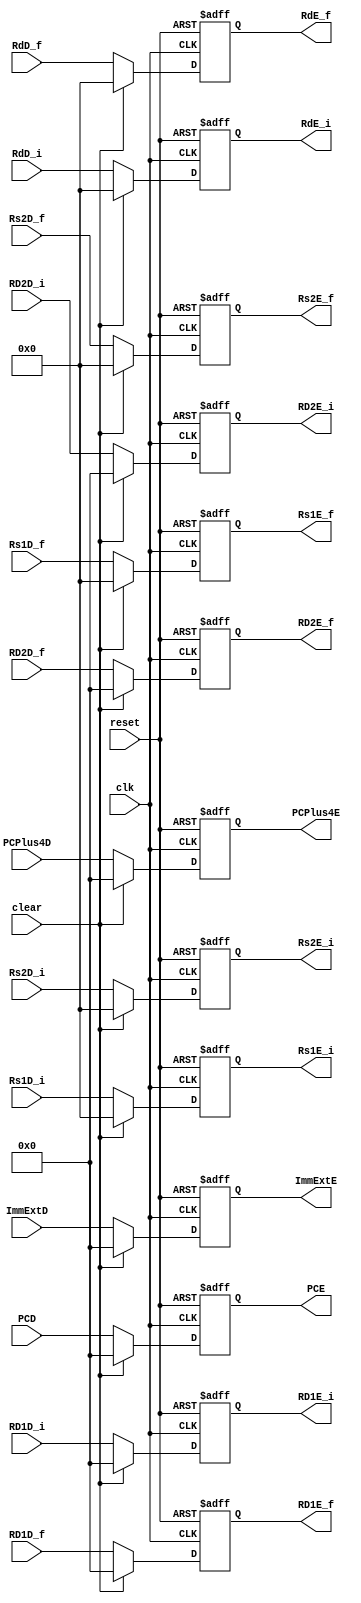
/*
	Name: Pipeline register between Datapath Decode and Execution Stage
	
*/



module ID_IEx  (input   clk, reset, clear,
                input   [31:0] RD1D_i, RD2D_i, PCD, RD1D_f, RD2D_f,
                input   [4:0] Rs1D_i, Rs2D_i,Rs1D_f,Rs2D_f, RdD_i,RdD_f, 
                input   [31:0] ImmExtD, PCPlus4D,
                output  reg [31:0] RD1E_i,RD1E_f, RD2E_i,RD2E_f, PCE, 
                output  reg [4:0] Rs1E_i, Rs2E_i, RdE_i, 
                output  reg [4:0] Rs1E_f, Rs2E_f, RdE_f, 
                output  reg [31:0] ImmExtE, PCPlus4E);

    always @( posedge clk, posedge reset ) begin
        if (reset) begin
            RD1E_i <= 0;
            RD2E_i <= 0; 
            Rs1E_i <= 0;
            Rs2E_i <= 0;
            RdE_i <= 0;
            RD1E_f <= 0;
            RD2E_f <= 0; 
            Rs1E_f <= 0;
            Rs2E_f <= 0;
            RdE_f <= 0;
            PCE <= 0;
            ImmExtE <= 0;
            PCPlus4E <= 0;
        end

        else if (clear) begin
            RD1E_i <= 0;
            RD2E_i <= 0; 
            Rs1E_i <= 0;
            Rs2E_i <= 0;
            RdE_i <= 0;
            RD1E_f <= 0;
            RD2E_f <= 0; 
            Rs1E_f <= 0;
            Rs2E_f <= 0;
            RdE_f <= 0;
            PCE <= 0;
            ImmExtE <= 0;
            PCPlus4E <= 0;
        end
        else begin
            RD1E_i <= RD1D_i;
            RD2E_i <= RD2D_i;
            Rs1E_i <= Rs1D_i;
            Rs2E_i <= Rs2D_i;
            RdE_i <= RdD_i;
            RD1E_f <= RD1D_f;
            RD2E_f <= RD2D_f;
            Rs1E_f <= Rs1D_f;
            Rs2E_f <= Rs2D_f;
            RdE_f <= RdD_f;
            PCE <= PCD;
            ImmExtE <= ImmExtD;
            PCPlus4E <= PCPlus4D;
        end

    end

endmodule